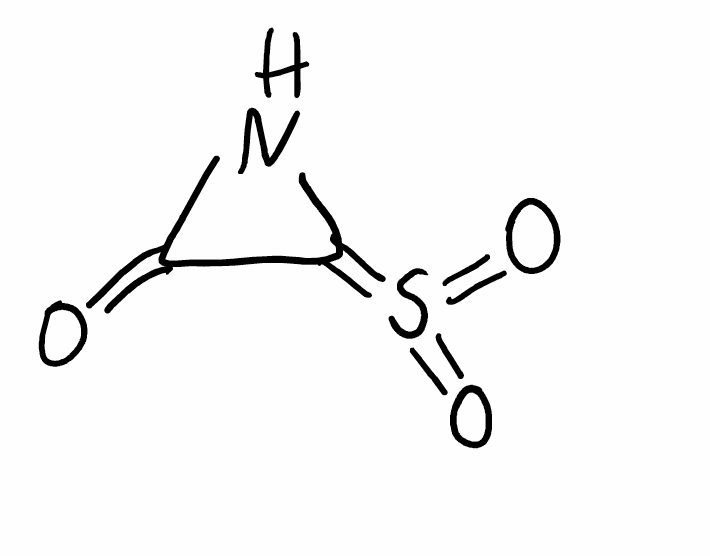
Simplified molecular-input line-entry system (SMILES) notation of the given molecule:
C1(=O)C(=S(=O)=O)N1